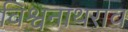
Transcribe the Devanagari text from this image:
विश्वनाथराव